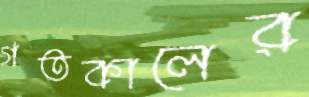
গতকালের